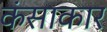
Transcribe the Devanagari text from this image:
कंसाकार